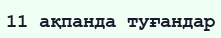
11 ақпанда туғандар